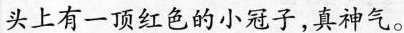
头上有一顶红色的小冠子，真神气。